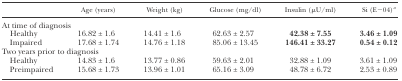
<table><thead><tr><td></td><td><b>Age (years)</b></td><td><b>Weight (kg)</b></td><td><b>Glucose (mg/dl)</b></td><td><b>Insulin (μU/ml)</b></td><td><b>Si (E−04)<i><sup>a</sup></i></b></td></tr></thead><tbody><tr><td colspan="6">At time of diagnosis</td></tr><tr><td> Healthy</td><td>16.82 ± 1.6</td><td>14.41 ± 1.6</td><td>62.63 ± 2.57</td><td><b>42.38 ± 7.55</b></td><td><b>3.46 ± 1.09</b></td></tr><tr><td> Impaired</td><td>17.68 ± 1.74</td><td>14.76 ± 1.18</td><td>85.06 ± 13.45</td><td><b>146.41 ± 33.27</b></td><td><b>0.54 ± 0.12</b></td></tr><tr><td colspan="6">Two years prior to diagnosis</td></tr><tr><td> Healthy</td><td>14.83 ± 1.6</td><td>13.77 ± 0.86</td><td>59.63 ± 2.01</td><td>32.88 ± 1.09</td><td>3.61 ± 1.09</td></tr><tr><td> Preimpaired</td><td>15.68 ± 1.73</td><td>13.96 ± 1.01</td><td>65.16 ± 3.09</td><td>48.78 ± 6.72</td><td>2.53 ± 0.89</td></tr></tbody></table>